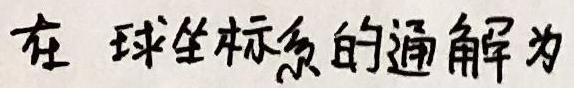
在 球坐标系的通解为